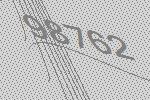
98762